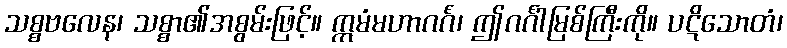
သစ္စဗလေန၊ သစ္စာ၏အစွမ်းဖြင့်။ ဣမံမဟာဂင်္ဂံ၊ ဤဂင်္ဂါမြစ်ကြီးကို။ ပဋိသောတံ၊